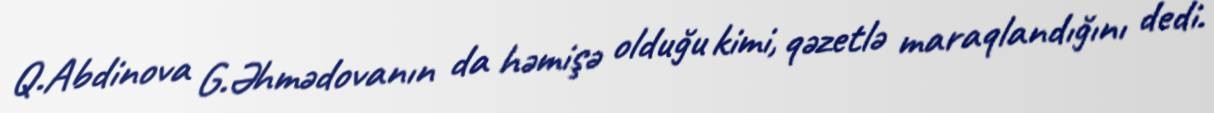
Q.Abdinova G.Əhmədovanın da həmişə olduğu kimi, qəzetlə maraqlandığını dedi.